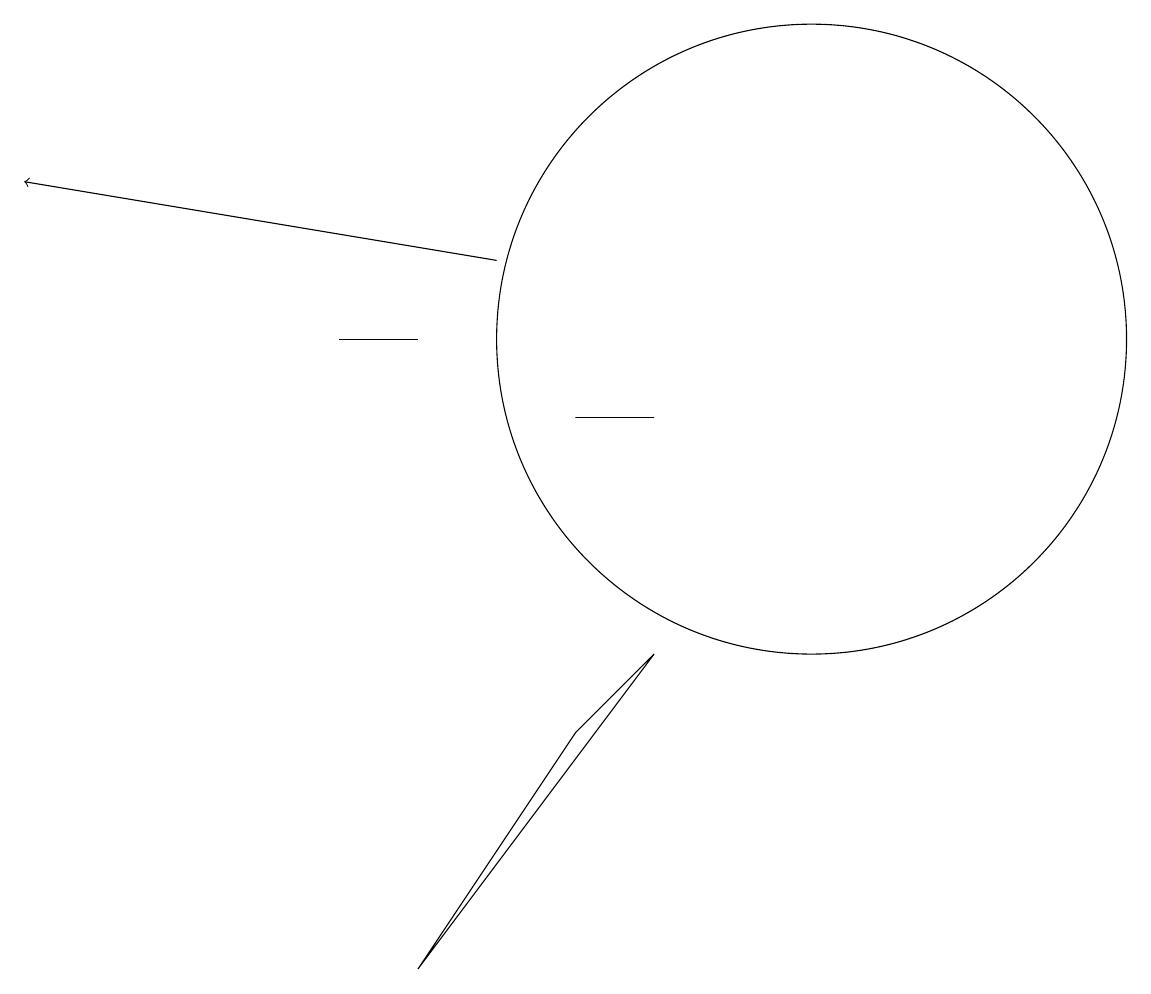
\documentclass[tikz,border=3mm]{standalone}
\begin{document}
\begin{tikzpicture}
\draw (9,7) -- (6,3) -- (8,6) -- cycle;
\draw (11,11) circle (4);
\draw (6,11) rectangle (5,11);
\draw[->] (7,12) -- (1,13);
\draw (9,10) rectangle (8,10);
\draw (10,11) circle (0);
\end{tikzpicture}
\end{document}